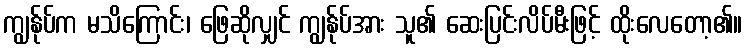
ကျွန်ုပ်က မသိကြောင်း၊ ဖြေဆိုလျှင် ကျွန်ုပ်အား သူ၏ ဆေးပြင်းလိပ်မီးဖြင့် ထိုးလေတော့၏။